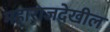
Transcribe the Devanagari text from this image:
महाराजदेखील